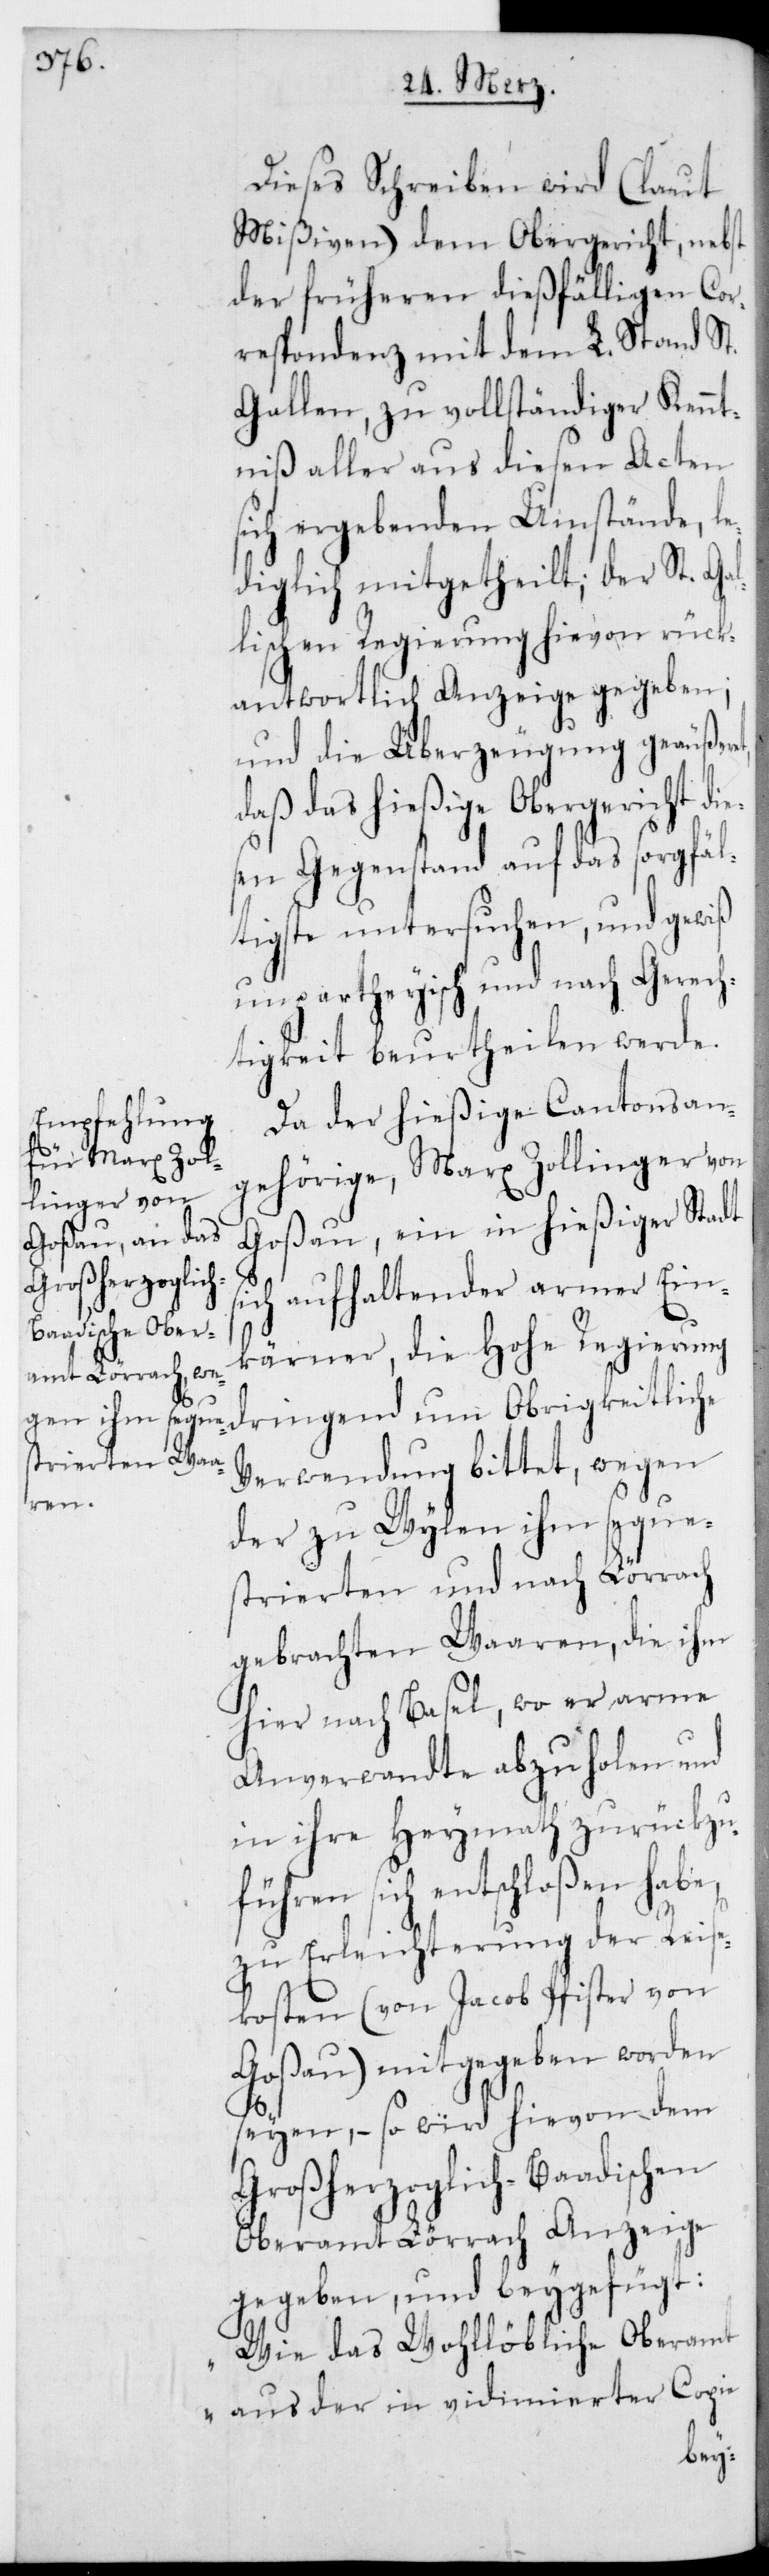
Dieses Schreiben wird (laut
Mißiven) dem Obergericht, nebst
der früheren dießfälligen Cor¬
respondenz mit dem L. Stand St.
Gallen, zu vollständiger Kennt¬
niß aller aus diesen Acten
sich ergebenden Umstände, le¬
diglich mitgetheilt; der St. Ga¬
llischen Regierung hievon rück¬
antwortlich Anzeige gegeben;
und die Überzeugung geäußer¬
daß das hießige Obergericht die¬
sen Gegenstand auf das sorgfäl¬
tigste untersuchen, und gewiß
unparteiisch und nach Gerech¬
tigkeit beurtheilen werde.
Da der hießige Cantonsan¬
gehörige, Marx Zollinger von
Goßau, ein in hießiger Stadt
sich aufhaltender armer Ein¬
kärner, die Hohe Regierung
dringend um obrigkeitliche
Verwendung bittet, wegen
et,
der zu Wylen ihm seque¬
strierten und nach Lörrach
gebrachten Waren, die ihm
hier nach Basel, wo er arme
Anverwandte abzuholen und
in ihre Heymath zurückzu¬
führen sich entschloßen habe,
zu Erleichterng der Reise¬
kosten (von Jacob Pfister von
Goßau) mitgegeben worden
seyen, – so wird hievon dem
Großherzoglich-Baadischen
Oberamt Lörrach Anzeige
gegeben und beygefügt:
„Wie das Wohllöbliche Oberamt
aus der in vidimierter Copie